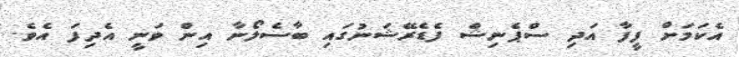
އެކަމަށް ފީފާ އަދި ސްޕެނިޝް ފެޑެރޭޝަނުގައި ބާސެލޯނާ އިން ވަނީ އެދިފަ އެވެ.